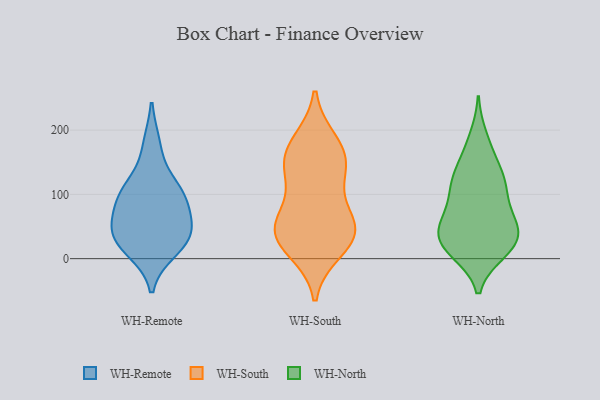
{"axis": {"x": "Production Output", "y": "Value"}, "legend": ["WH-North", "WH-Remote", "WH-South"], "data": [{"x": "", "y": 76, "type": "WH-Remote"}, {"x": "", "y": 104, "type": "WH-Remote"}, {"x": "", "y": 14, "type": "WH-Remote"}, {"x": "", "y": 33, "type": "WH-Remote"}, {"x": "", "y": 106, "type": "WH-Remote"}, {"x": "", "y": 102, "type": "WH-Remote"}, {"x": "", "y": 28, "type": "WH-Remote"}, {"x": "", "y": 176, "type": "WH-Remote"}, {"x": "", "y": 53, "type": "WH-Remote"}, {"x": "", "y": 40, "type": "WH-Remote"}, {"x": "", "y": 116, "type": "WH-South"}, {"x": "", "y": 50, "type": "WH-South"}, {"x": "", "y": 39, "type": "WH-South"}, {"x": "", "y": 15, "type": "WH-South"}, {"x": "", "y": 158, "type": "WH-South"}, {"x": "", "y": 38, "type": "WH-South"}, {"x": "", "y": 41, "type": "WH-South"}, {"x": "", "y": 60, "type": "WH-South"}, {"x": "", "y": 143, "type": "WH-South"}, {"x": "", "y": 162, "type": "WH-South"}, {"x": "", "y": 180, "type": "WH-South"}, {"x": "", "y": 10, "type": "WH-North"}, {"x": "", "y": 54, "type": "WH-North"}, {"x": "", "y": 14, "type": "WH-North"}, {"x": "", "y": 98, "type": "WH-North"}, {"x": "", "y": 132, "type": "WH-North"}, {"x": "", "y": 169, "type": "WH-North"}, {"x": "", "y": 50, "type": "WH-North"}, {"x": "", "y": 114, "type": "WH-North"}, {"x": "", "y": 69, "type": "WH-North"}, {"x": "", "y": 42, "type": "WH-North"}, {"x": "", "y": 30, "type": "WH-North"}, {"x": "", "y": 121, "type": "WH-North"}, {"x": "", "y": 189, "type": "WH-North"}, {"x": "", "y": 39, "type": "WH-North"}, {"x": "", "y": 11, "type": "WH-North"}, {"x": "", "y": 110, "type": "WH-North"}, {"x": "", "y": 17, "type": "WH-North"}, {"x": "", "y": 139, "type": "WH-North"}, {"x": "", "y": 37, "type": "WH-North"}, {"x": "", "y": 73, "type": "WH-North"}]}